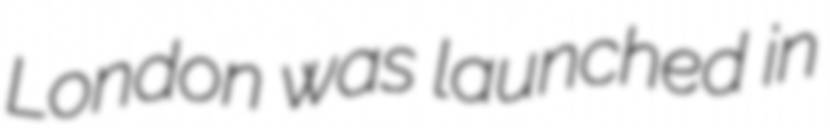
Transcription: London was launched in